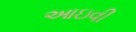
આઇવી